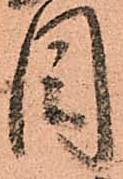
目